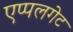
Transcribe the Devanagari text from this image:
एप्पलगेट